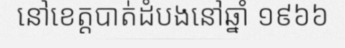
នៅខេត្តបាត់ដំបងនៅឆ្នាំ ១៩៦៦